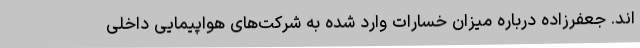
اند. جعفرزاده درباره میزان خسارات وارد شده به شرکت‌های هواپیمایی داخلی